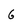
Character: G